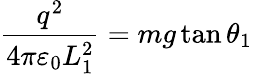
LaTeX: {\frac{q^{2}}{4\pi\varepsilon_{0}L_{1}^{2}}}=mg\tan\theta_{1}\,